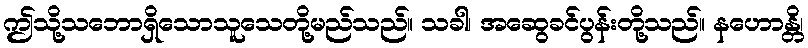
ဤသို့သဘောရှိသောသူသေတို့မည်သည်။ သခါ၊ အဆွေခင်ပွန်းတို့သည်။ နဟောန္တိ၊